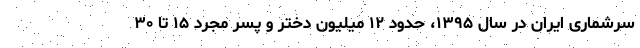
سرشماری ایران در سال ۱۳۹۵، حدود ۱۲ میلیون دختر و پسر مجرد ۱۵ تا ۳۰